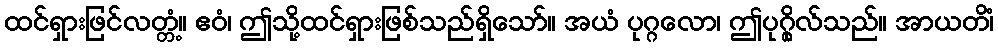
ထင်ရှားဖြင်လတ္တံ့။ ဧဝံ၊ ဤသို့ထင်ရှားဖြစ်သည်ရှိသော်။ အယံ ပုဂ္ဂလော၊ ဤပုဂ္ဂိုလ်သည်။ အာယတိံ၊